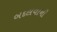
બદલવાની